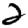
Digit: 2